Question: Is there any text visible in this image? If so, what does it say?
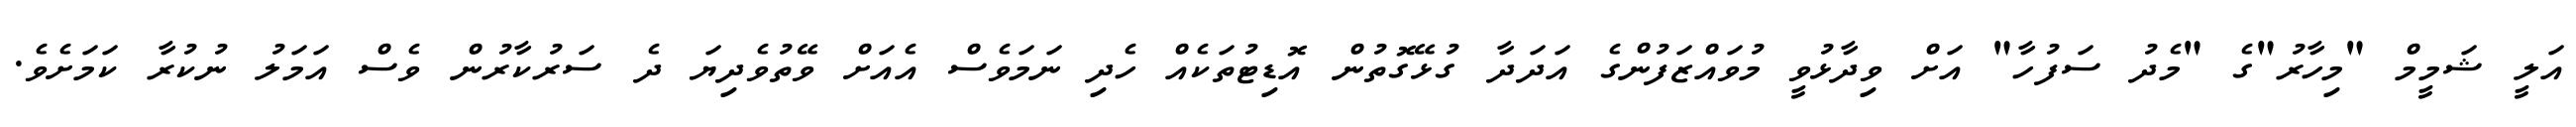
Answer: އަލީ ޝަމީމް "މިހާރު"ގެ "މެދު ސަފުހާ" އަށް ވިދާޅުވީ މުވައްޒަފުންގެ އަދަދާ ގުޅޭގޮތުން އޮޑިޓުތަކެއް ހެދި ނަމަވެސް އެއަށް ވޭތުވެދިޔަ ދެ ސަރުކާރުން ވެސް އަމަލު ނުކުރާ ކަމަށެވެ.